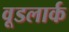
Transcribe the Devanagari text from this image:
वूडलार्क